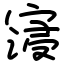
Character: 寖